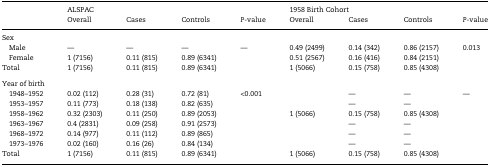
| <ROWSPAN=2>  | <COLSPAN=4> ALSPAC | <COLSPAN=4> 1958 Birth Cohort |
 | Overall | Cases | Controls | P-value | Overall | Cases | Controls | P-value |
 | --- | --- | --- | --- | --- | --- | --- | --- | --- |
 | <COLSPAN=9> Sex |
 | Male | — | — | — | — | 0.49 (2499) | 0.14 (342) | 0.86 (2157) | <ROWSPAN=3> 0.013 |
 | Female | 1 (7156) | 0.11 (815) | 0.89 (6341) |  | 0.51 (2567) | 0.16 (416) | 0.84 (2151) |
 | Total | 1 (7156) | 0.11 (815) | 0.89 (6341) |  | 1 (5066) | 0.15 (758) | 0.85 (4308) |
 | <COLSPAN=9> Year of birth |
 | 1948–1952 | 0.02 (112) | 0.28 (31) | 0.72 (81) | <ROWSPAN=7> <0.001 |  | — | — | — |
 | 1953–1957 | 0.11 (773) | 0.18 (138) | 0.82 (635) |  | — | — |  |
 | 1958–1962 | 0.32 (2303) | 0.11 (250) | 0.89 (2053) | 1 (5066) | 0.15 (758) | 0.85 (4308) |  |
 | 1963–1967 | 0.4 (2831) | 0.09 (258) | 0.91 (2573) |  | — | — |  |
 | 1968–1972 | 0.14 (977) | 0.11 (112) | 0.89 (865) |  | — | — |  |
 | 1973–1976 | 0.02 (160) | 0.16 (26) | 0.84 (134) |  | — | — |  |
 | Total | 1 (7156) | 0.11 (815) | 0.89 (6341) | 1 (5066) | 0.15 (758) | 0.85 (4308) |  |